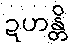
ဍဟန္တိ